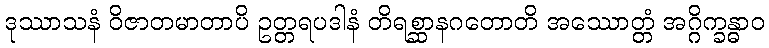
ဒုဿာသနံ ဝိဇာတမာတာပိ ဥတ္တရပဒါနံ တိရစ္ဆာနဂတောတိ အဿောတ္တံ အဂ္ဂိက္ခန္ဓာဝ